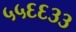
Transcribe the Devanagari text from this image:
५५६६३३